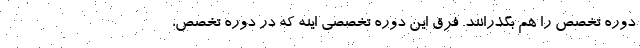
دوره تخصص را هم بگذرانند. فرق این دوره تخصصی اینه که در دوره تخصص،